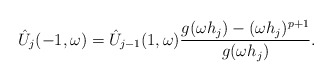
\begin{align*}\hat{U}_j(-1,\omega) = \hat{U}_{j-1}(1,\omega)\frac{g(\omega h_j) - (\omega h_j)^{p+1}}{g(\omega h_j)}.\end{align*}